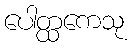
ပေါတ္ထကေသု